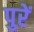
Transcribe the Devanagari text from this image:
पुरें